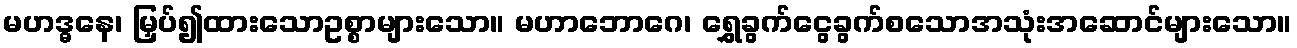
မဟဒ္ဓနေ၊ မြှပ်၍ထားသောဥစ္စာများသော။ မဟာဘောဂေ၊ ရွှေခွက်ငွေခွက်စသောအသုံးအဆောင်များသော။